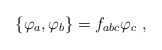
\begin{align*}\{\varphi _a,\varphi _b\}=f_{abc}\varphi _c\ ,\end{align*}